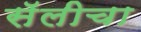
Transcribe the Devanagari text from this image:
सॅलीचा